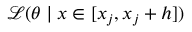
{ \mathcal { L } } ( \theta \mid x \in [ x _ { j } , x _ { j } + h ] )